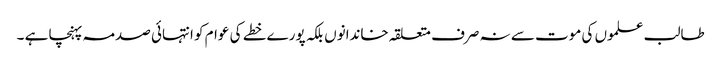
طالب علموں کی موت سے نہ صرف متعلقہ خاندانوں بلکہ پورے خطے کی عوام کو انتہائی صدمہ پہنچا ہے ۔